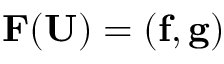
\mathbf { F ( \mathbf { U } ) } = ( \mathbf { f } , \mathbf { g } )